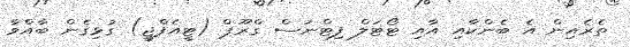
ތެރެއިން އެ ބެންކާއި އާއި ޓޯޓަލް ފިޓްނަސް ގްރޫޕް (ޓީއެފްޖީ) ގުޅިގެން ބާއްވާ